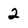
Character: 2